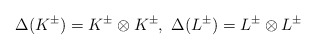
\begin{align*}\Delta(K^{\pm})=K^{\pm}\otimes K^{\pm},\ \Delta(L^{\pm})=L^{\pm}\otimes L^{\pm}\end{align*}